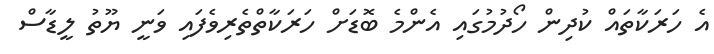
އެ ހަރަކާތައް ކުދިން ހޯދުމުގައި އެންމެ ބޮޑަށް ހަރަކާތްތެރިވެފައި ވަނީ ޔޫތު ލީޑާސް